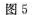
图5